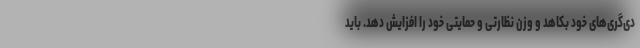
دی‌گری‌های خود بکاهد و وزن نظارتی و حمایتی خود را افزایش دهد. باید